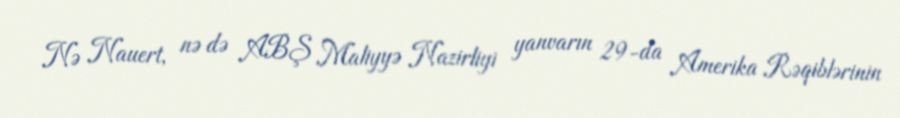
Nə Nauert, nə də ABŞ Maliyyə Nazirliyi yanvarın 29-da Amerika Rəqiblərinin